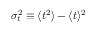
\sigma _ { t } ^ { 2 } \equiv \langle t ^ { 2 } \rangle - \langle t \rangle ^ { 2 }